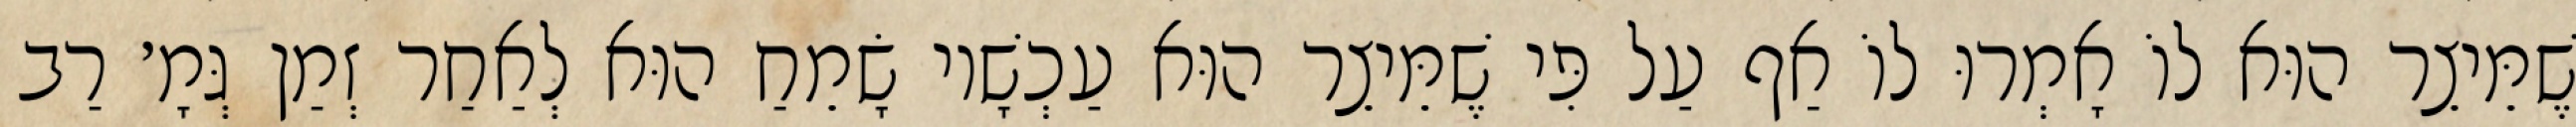
שֶׁמֵּיצֵר הוּא לוֹ אָמְרוּ לוֹ אַף עַל פִּי שֶׁמֵּיצֵר הוּא עַכְשָׁיו שָׂמֵחַ הוּא לְאַחַר זְמַן גְּמָ׳ רַב